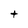
Character: t